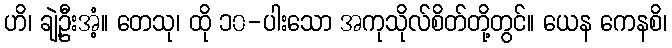
ဟိ၊ ချဲ့ဦးအံ့။ တေသု၊ ထို ၁၀-ပါးသော အကုသိုလ်စိတ်တို့တွင်။ ယေန ကေနစိ၊